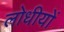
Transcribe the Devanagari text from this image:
लोधीयों